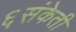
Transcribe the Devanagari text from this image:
६संकेती